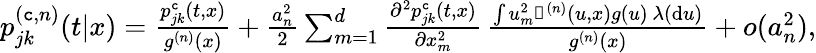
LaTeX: \begin{array}{r}{p_{jk}^{(\texttt{c},n)}(t|x)=\frac{p_{jk}^{\texttt{c}}(t,x)}{g^{(n)}(x)}+\frac{a_{n}^{2}}{2}\sum_{m=1}^{d}\frac{\partial^{2}p_{jk}^{\texttt{c}}(t,x)}{\partial x_{m}^{2}}\, \frac{\int u_{m}^{2}\mathbb{k}^{(n)}(u,x)g(u)\, \lambda(\mathrm{d}u)}{g^{(n)}(x)}+o(a_{n}^{2}),}\end{array}